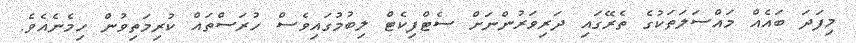
މިފަދަ ބައެއް މައްސަލަތަކުގެ ތެރޭގައި ދަރިވަރުންނަށް ސެޓްފިކެޓް ލިބުމުގައިވެސް ހުރަސްތައް ކުރިމަތިވުން ހިމެނެއެވެ.